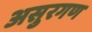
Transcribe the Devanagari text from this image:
असुरगण